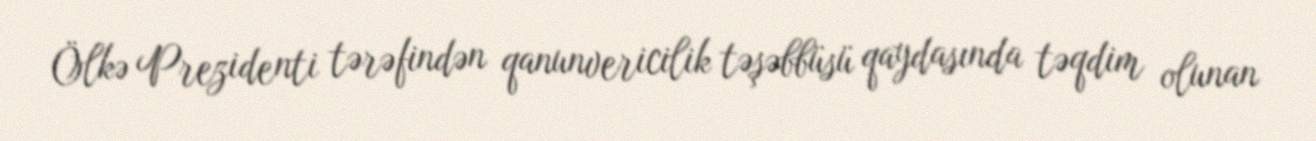
Ölkə Prezidenti tərəfindən qanunvericilik təşəbbüsü qaydasında təqdim olunan